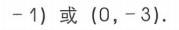
$-1)$或$(0, -3)$